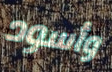
وأسود